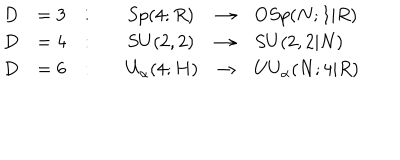
\begin{array} { l l l l l l } { { \displaystyle D } } & { { = 3 } } & { { : \quad } } & { { S p ( 4 ; R ) } } & { { \to } } & { { O S p ( N ; 1 | R ) } } \\ { { \displaystyle D } } & { { = 4 } } & { { : \quad } } & { { S U ( 2 , 2 ) } } & { { \to } } & { { S U ( 2 , 2 | N ) } } \\ { { \displaystyle D } } & { { = 6 } } & { { : \quad } } & { { U _ { \alpha } ( 4 ; H ) } } & { { \to } } & { { U U _ { \alpha } ( N ; 4 | R ) } } \\ \end{array}